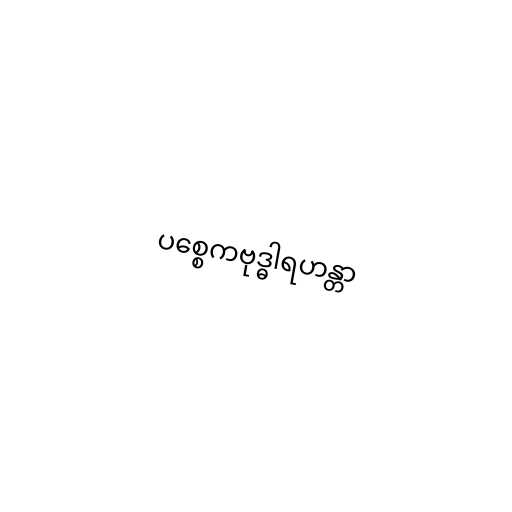
ပစ္စေကဗုဒ္ဓါရဟန္တာ